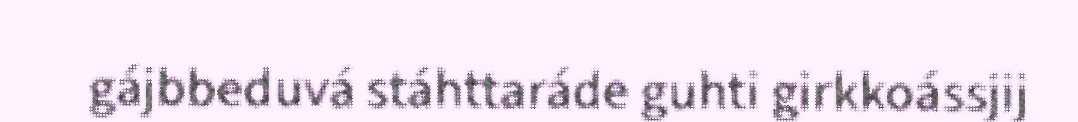
gájbbeduvá stáhttaráde guhti girkkoássjij